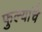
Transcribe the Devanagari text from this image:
फुल्यांचे